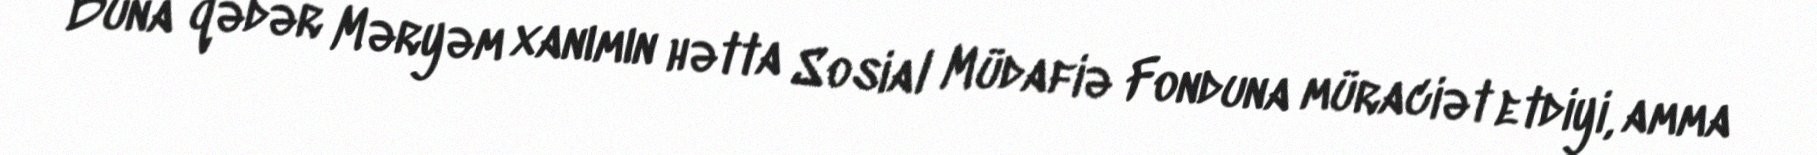
Buna qədər Məryəm xanımın hətta Sosial Müdafiə Fonduna müraciət etdiyi, amma